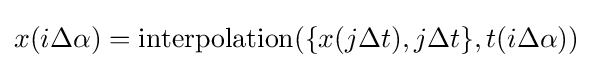
x(i\Delta \alpha )={\text{interpolation}}(\{x(j\Delta t),j\Delta t\},t(i\Delta \alpha ))